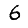
Digit: 6